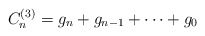
\begin{align*}C_{n}^{(3)}=g_n+g_{n-1}+\dots+g_0 \end{align*}